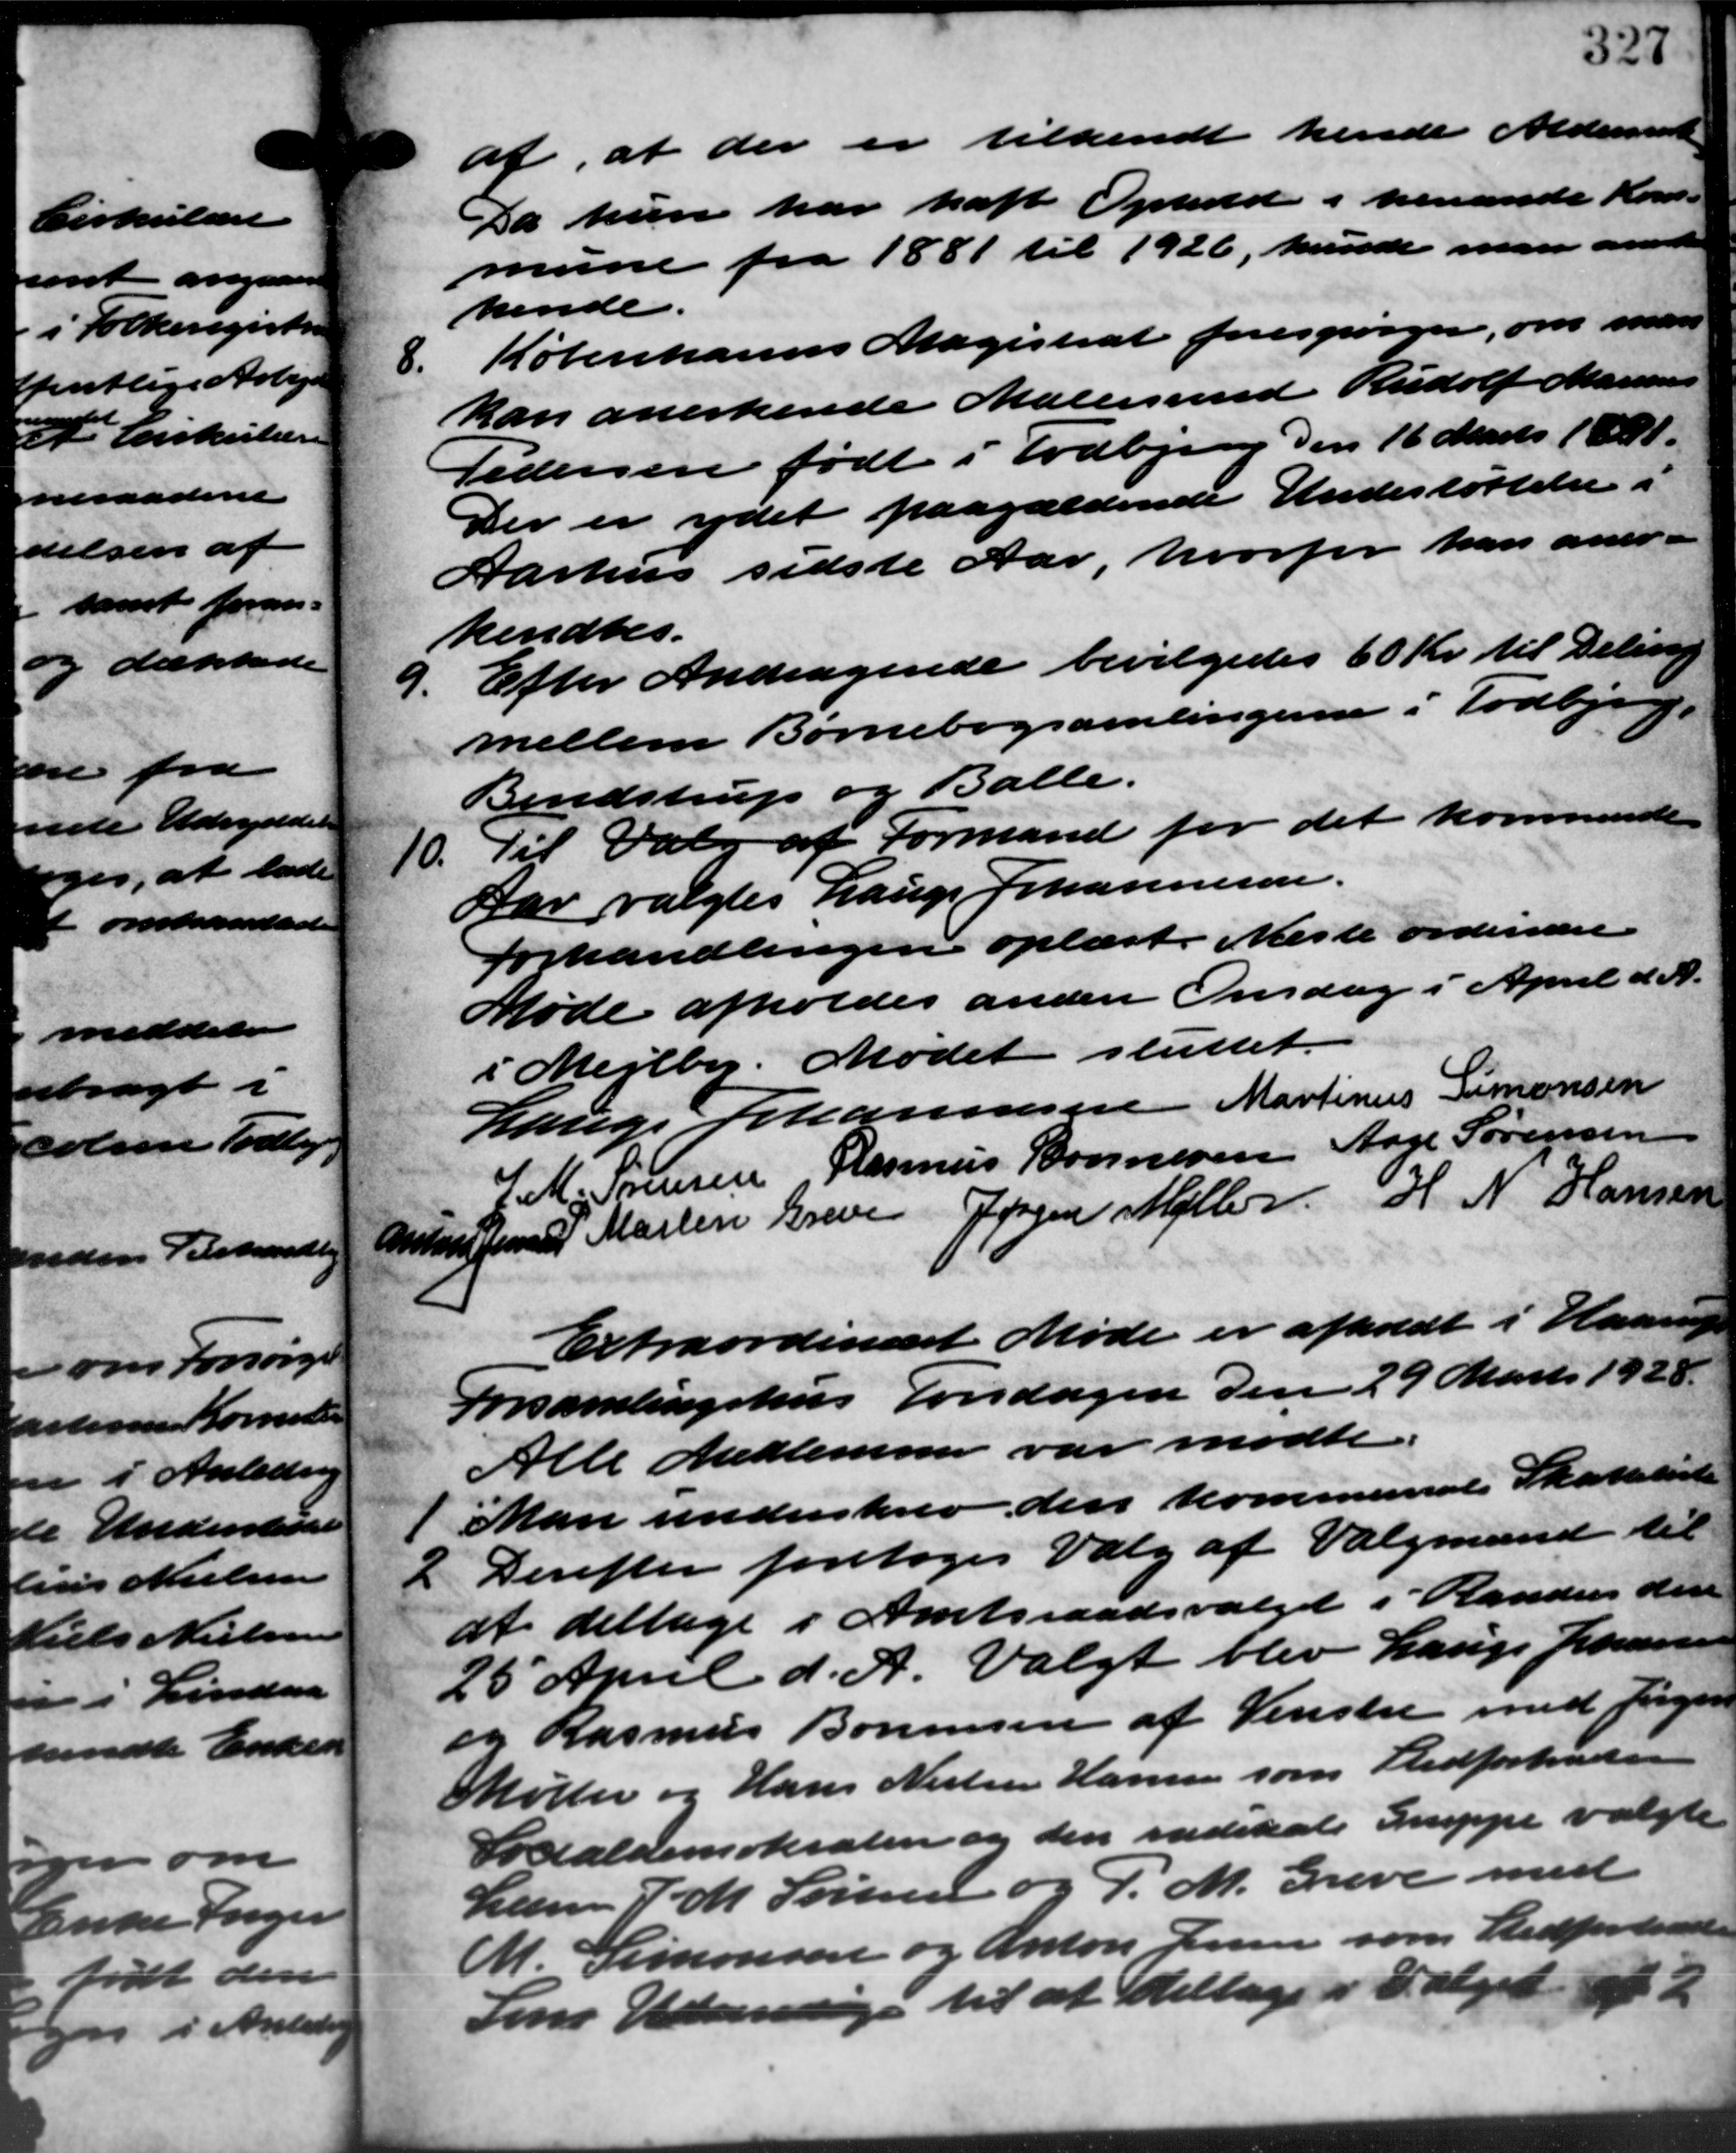
Transskription:
af, at der er tilkendt hende Aldersrente
Da hun har haft Ophold i henvende Kom –
mune fra 1881 til 1926, kunde man ansatte
hende.
8.
Københavns Magistrat forespørger, om man
kan anerkende Malersund Rudolf Marius
Pedersen født i Todbjerg den 16 Marts 1898.
Der er ydet paagældende Undestøttelse i
Aarhus sidste Aar hvorfor han aner -
kendtes.
9.
Efter Andragende bevilgedes 60 Kr. til Deling
mellem Børnebogsamlingerne i Todbjerg.
Bendstrup og Balle.
10.
Til Valg af Formand for det kommende
Aar valgtes Lauge Johannesen.
Forhandlingen oplæst. Næste ordinære
Møde afholdes anden Onsdag i April d. A.
i Mejlby. Mødet sluttet.
Lauge Johannesen Martinus Simonsen
J. M. Sørensen Rasmus Bonnesen Aage Sørensen
Anton Jensen Martin Greve Jørgen Møller H. N. Hansen
Extraordinært Møde er afholdt i Haarup
Forsamlingshus Torsdagen den 29 Marts 1928.
-
Alle Medlemmer var mødte
1
Man underskrev den kommunale Skatteliste
2 Derefter foretoges Valg af Valgmænd til
2 Derefter foretoges Valg af Valgmænd til
at deltage i Amtsraadsvalget i Randers den
25 April d. A. Valgt blev Lauge Johannesen
og Rasmus Bonnesen af Venstre med Jørgens
Møller og Hans Nielsen Hansen som Stedfortræden
Socialdemokraten og den nedskal Gruppe valgte
Lærer J. M. Sørensen og P. M. Greve med
M. Simonsen og Anton Jensen som Stedfortræde
Som Udardige til at deltage i Valget 22